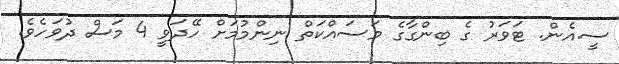
ސީ.އެން. ޓަވަރު ގެ ބިންގާގެ މަސައްކަތް ނިންމުމަށް ހޭދަވީ 4 މަސް ދުވަހެެވެ.